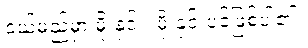
ငယ်မည်မှာ မိုးနှင်း၊ မိုးနှင်းပင်ဖြစ်ပါ၏။